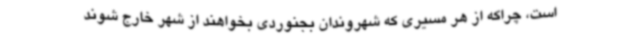
است، چراکه از هر مسیری که شهروندان بجنوردی بخواهند از شهر خارج شوند